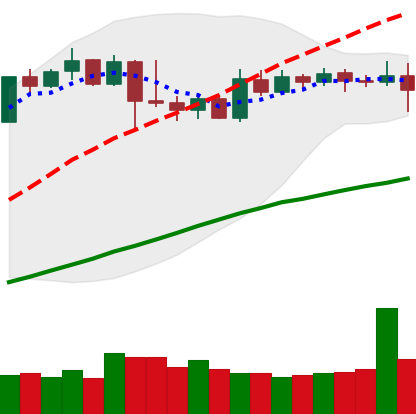
Ticker: XMR-USD
Chart end date: 2019-04-24
Forward return: -10.546%
Label: down_7plus